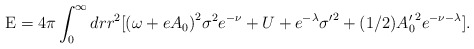
\begin{align*}\textrm{E}=4\pi\int_0^{\infty}drr^2[{(\omega+eA_0)}^2{\sigma}^2e^{-\nu}+U+e^{-\lambda}{\sigma'}^2+(1/2){A_0'}^2e^{-\nu-\lambda}].\end{align*}